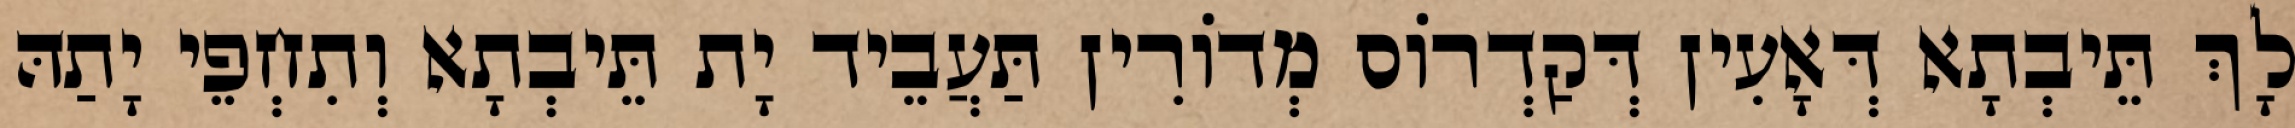
לָךְ תֵּיבְתָא דְּאָעִין דְּקַדְרוֹס מְדוֹרִין תַּעֲבֵיד יָת תֵּיבְתָא וְתִחְפֵי יָתַהּ